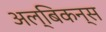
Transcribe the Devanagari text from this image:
अल्बिकन्स